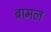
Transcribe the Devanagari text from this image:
ब्रामल